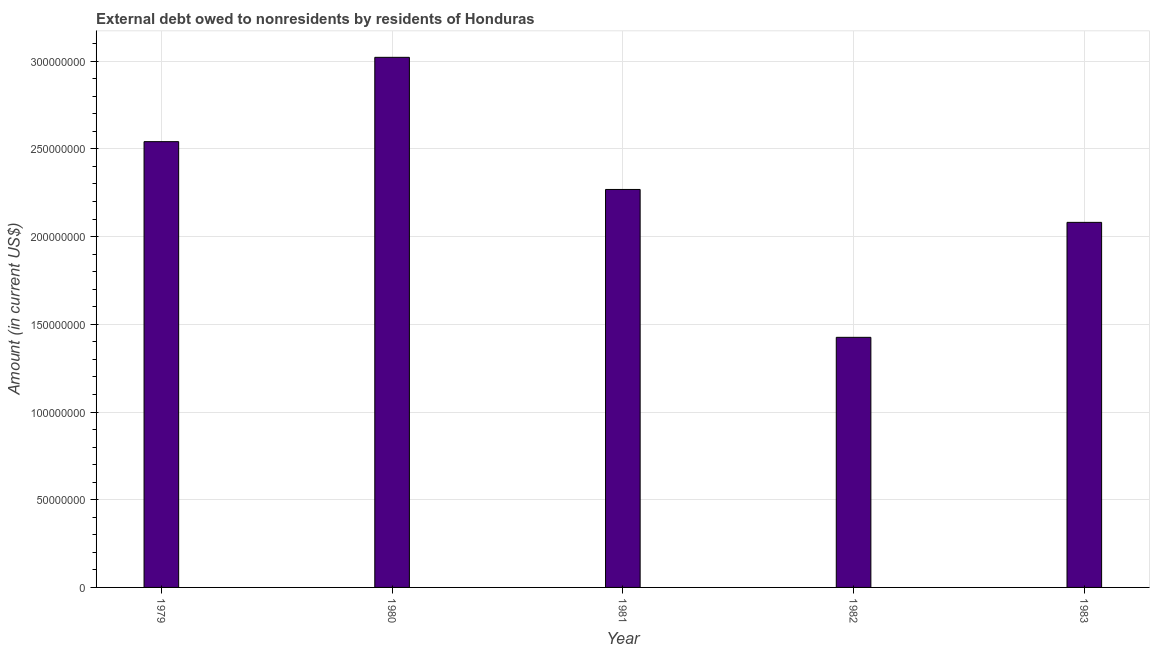
| Year | Debt |
 | --- | --- |
 | 1979 | 2.54e+08 |
 | 1980 | 3.02e+08 |
 | 1981 | 2.27e+08 |
 | 1982 | 1.43e+08 |
 | 1983 | 2.08e+08 |